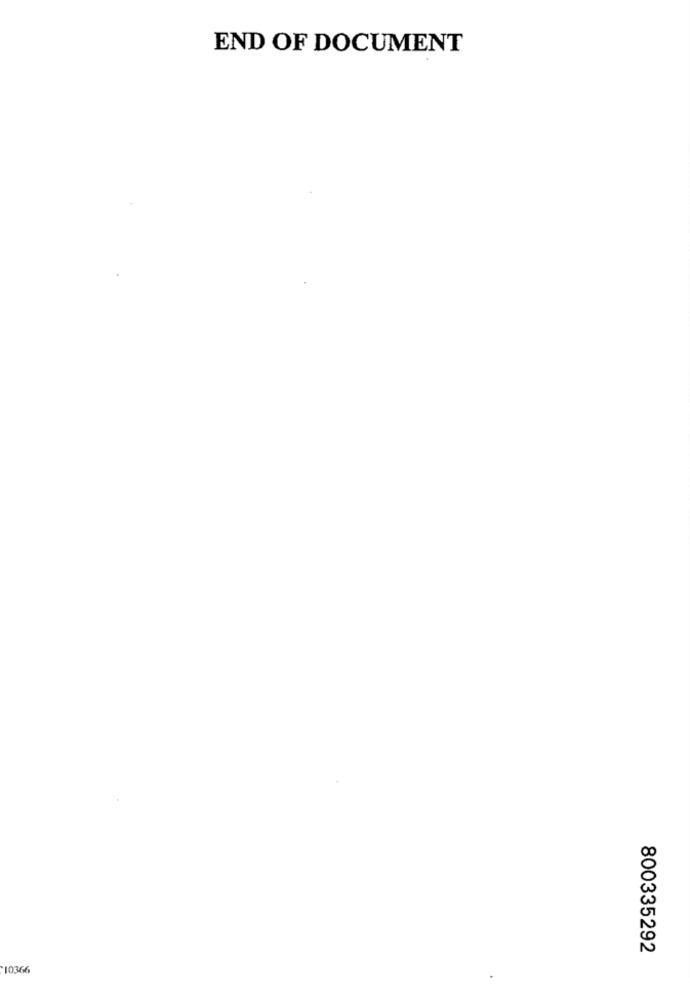
END OF DOCUMENT
800335292
10366